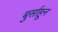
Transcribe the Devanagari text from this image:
बुर्साहून